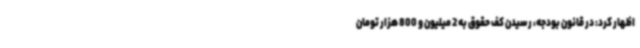
اظهار کرد: در قانون بودجه، رسیدن کف حقوق به 2 میلیون و 800 هزار تومان